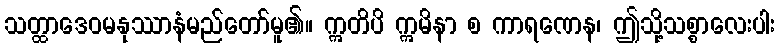
သတ္ထာဒေဝမနုဿာနံမည်တော်မူ၏။ ဣတိပိ ဣမိနာ စ ကာရဏေန၊ ဤသို့သစ္စာလေးပါး